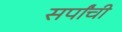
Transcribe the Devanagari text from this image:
सर्पांची